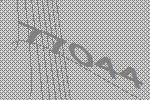
77044